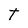
Character: T